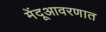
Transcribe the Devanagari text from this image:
मेंदूआवरणात